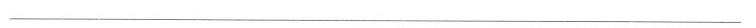
___